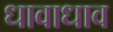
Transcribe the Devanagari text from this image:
धावाधाव